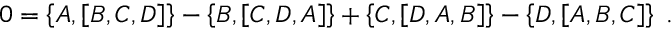
0 = \left\{ A , \left[ B , C , D \right] \right\} - \left\{ B , \left[ C , D , A \right] \right\} + \left\{ C , \left[ D , A , B \right] \right\} - \left\{ D , \left[ A , B , C \right] \right\} \; .